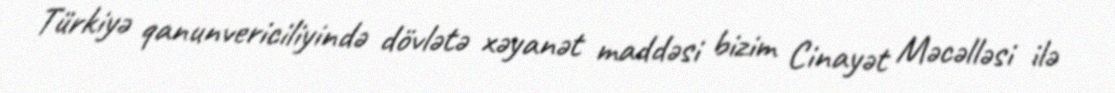
Türkiyə qanunvericiliyində dövlətə xəyanət maddəsi bizim Cinayət Məcəlləsi ilə